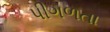
પીગળતા